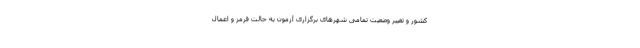
کشور و تغییر وضعیت تمامی شهرهای برگزاری آزمون به حالت قرمز و اعمال